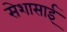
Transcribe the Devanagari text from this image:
सेशासाई